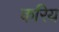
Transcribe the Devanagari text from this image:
करिय